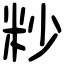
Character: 粆